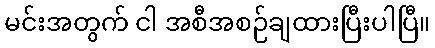
မင်းအတွက် ငါ အစီအစဉ်ချထားပြီးပါပြီ။